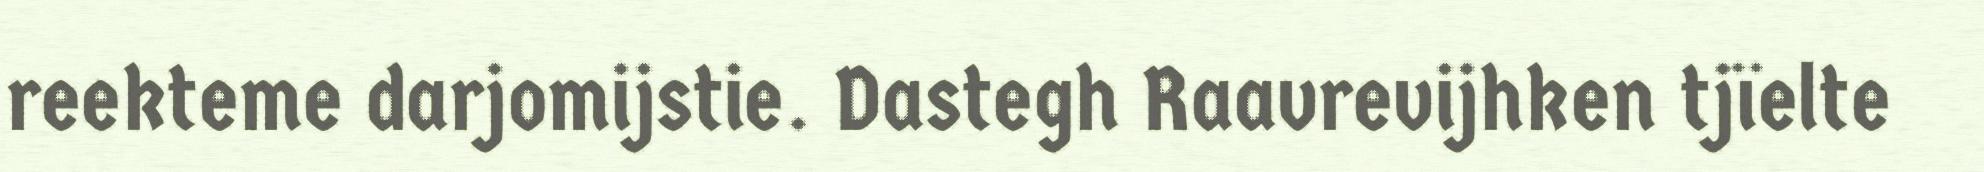
reekteme darjomijstie. Dastegh Raavrevijhken tjïelte